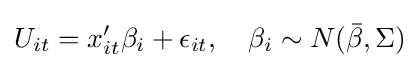
U_{it}=x_{it}'\beta _{i}+\epsilon _{it},\quad \beta _{i}\sim N({\bar {\beta }},\Sigma )